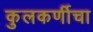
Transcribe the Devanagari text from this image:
कुलकर्णीचा